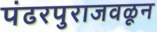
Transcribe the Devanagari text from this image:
पंढरपुराजवळून